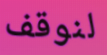
لنوقف